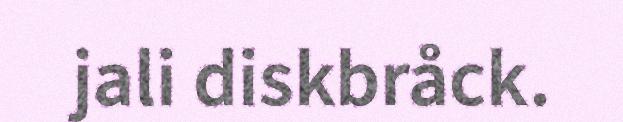
jali diskbråck.